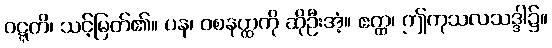
ဝဋ္ဋတိ၊ သင့်မြတ်၏။ ပန၊ ဝစနတ္ထကို ဆိုဦးအံ့။ ဧတ္ထ၊ ဤကုသလသဒ္ဒါ၌။